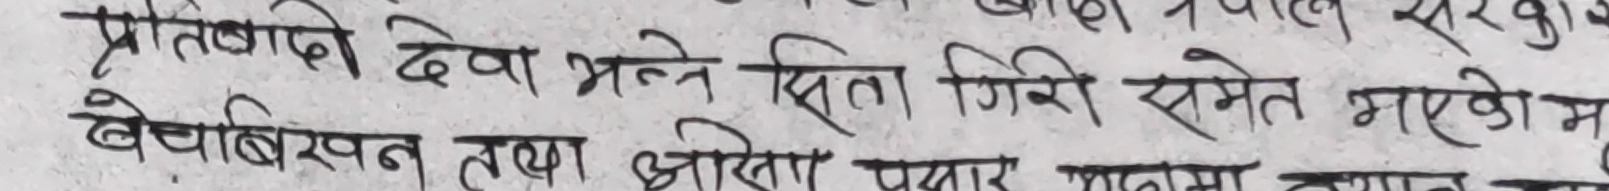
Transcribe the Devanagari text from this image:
प्रतिवादी देवा भन्ने क्षिता गिरी समेत भएकोमा
बेचबिखन तथा ओसार पसार कार्यमा तयान तर